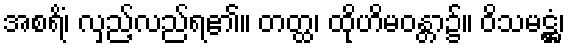
အစရိံ၊ လှည့်လည်ရ၏။ တတ္ထ၊ ထိုဟိမဝန္တာ၌။ ဝိသမဋ္ဌံ၊